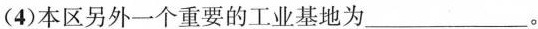
(4)本区另外一个重要的工业基地为___。